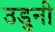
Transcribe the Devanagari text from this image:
उडुनी